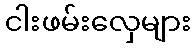
ငါးဖမ်းလှေများ